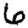
Digit: 6